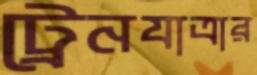
ট্রেনযাত্রার